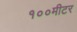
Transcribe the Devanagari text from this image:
१००मीटर